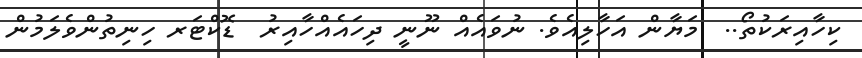
ކިހާއިރަކުތޯ..  މަޔާން އަހާލިއެވެ. ނުވައެއް ނޫނީ ދިހައެއްހާއިރު  ޑޮކްޓަރ ހިނިތުންވެލަމުން